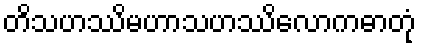
တိသဟဿိမဟာသဟဿိလောကဓာတုံ